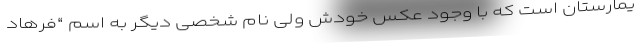
یمارستان است که با وجود عکس خودش ولی نام شخصی دیگر به اسم “فرهاد